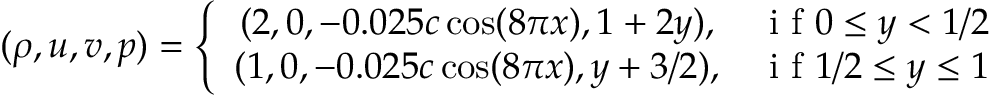
( \rho , u , v , p ) = \left\{ \begin{array} { c l } { ( 2 , 0 , - 0 . 0 2 5 c \cos ( 8 \pi x ) , 1 + 2 y ) , } & { \mathrm { ~ i ~ f ~ } 0 \leq y < 1 / 2 } \\ { ( 1 , 0 , - 0 . 0 2 5 c \cos ( 8 \pi x ) , y + 3 / 2 ) , } & { \mathrm { ~ i ~ f ~ } 1 / 2 \leq y \leq 1 } \end{array} \right.